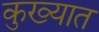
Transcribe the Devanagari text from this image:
कुख्‍यात